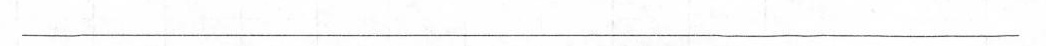
___